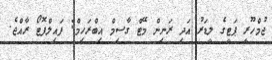
ޖުމްހޫރީ ޕަޓީގެ ލީޑަރު އަދި ރަނިން މޭޓް ގާސިމް އިބްރަހިމް: ފައިލްފޮޓޯ ރާއްޖެ.